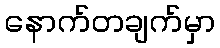
နောက်တချက်မှာ